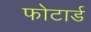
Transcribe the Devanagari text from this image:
फोटार्ड